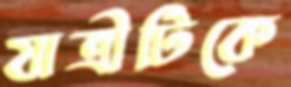
যাত্রীটিকে